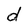
Character: d